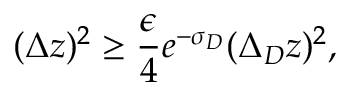
( \Delta z ) ^ { 2 } \ge { \frac { \epsilon } { 4 } } e ^ { - \sigma _ { D } } ( \Delta _ { D } z ) ^ { 2 } ,